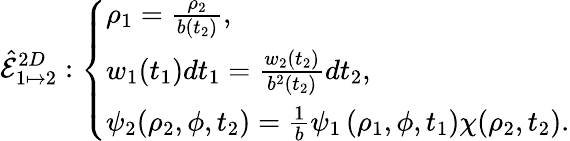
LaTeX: \hat{\mathcal{E}}_{1\mapsto 2}^{2D}:\left\{ \begin{array}{ll}{\rho_{1}=\frac{\rho_{2}}{b(t_{2})},}\\ {w_{1}(t_{1})dt_{1}=\frac{w_{2}(t_{2})}{b^{2}(t_{2})}dt_{2},}\\ {\psi_{2}(\rho_{2},\phi,t_{2})=\frac{1}{b}\psi_{1}\left(\rho_{1},\phi,t_{1}\right)\chi(\rho_{2},t_{2}).}\end{array}\right.